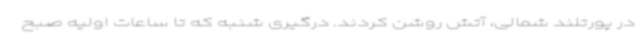
در پورتلند شمالی، آتش روشن کردند. درگیری شنبه که تا ساعات اولیه صبح